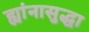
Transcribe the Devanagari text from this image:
ह्यांनासुद्धा